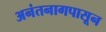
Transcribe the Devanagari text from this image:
अनंतनागपासून